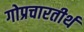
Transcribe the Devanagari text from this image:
गोप्रचारतीर्थ